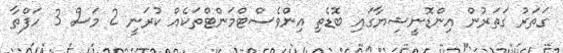
ގަތަރު ގަތަރުން އިންޑޮނީޝިޔާގައި ބޮޑެތި އިންވެސްޓްމަންޓްތަކެއް ކުރަނީ 2 މަސް 3 ހަފްތާ